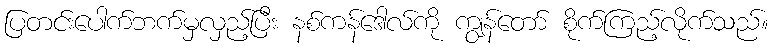
ပြတင်းပေါက်ဘက်မှလှည့်ပြီး နစ်ကန်ဒေါလ်ကို ကျွန်တော် စိုက်ကြည့်လိုက်သည်။